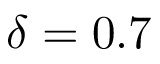
\delta = 0 . 7